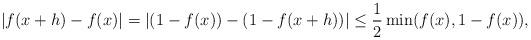
LaTeX: \begin{align*}|f(x+h) - f(x)| = |(1-f(x)) - (1-f(x+h))| \leq \frac{1}{2} \min (f(x), 1-f(x)) ,\end{align*}